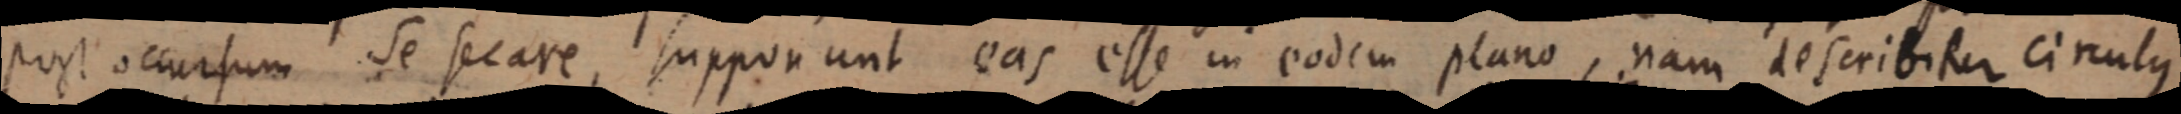
post occursum se secare, supponunt eas esse in eodem plano, nam describitur circulus